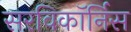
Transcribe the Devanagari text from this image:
सरविकॉर्निस